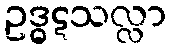
ဥဒ္ဓဋသလ္လာ